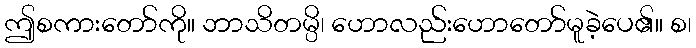
ဤစကားတော်ကို။ ဘာသိတမ္ပိ၊ ဟောလည်းဟောတော်မူခဲ့ပေ၏။ စ၊